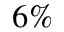
6 \%